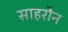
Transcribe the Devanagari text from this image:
साहरौन